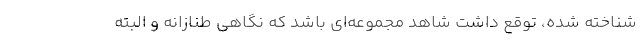
شناخته شده، توقع داشت شاهد مجموعه‌ای باشد که نگاهی طنازانه و البته